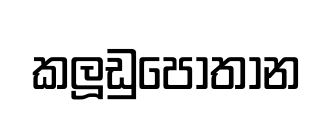
කලූඩුපොතාන